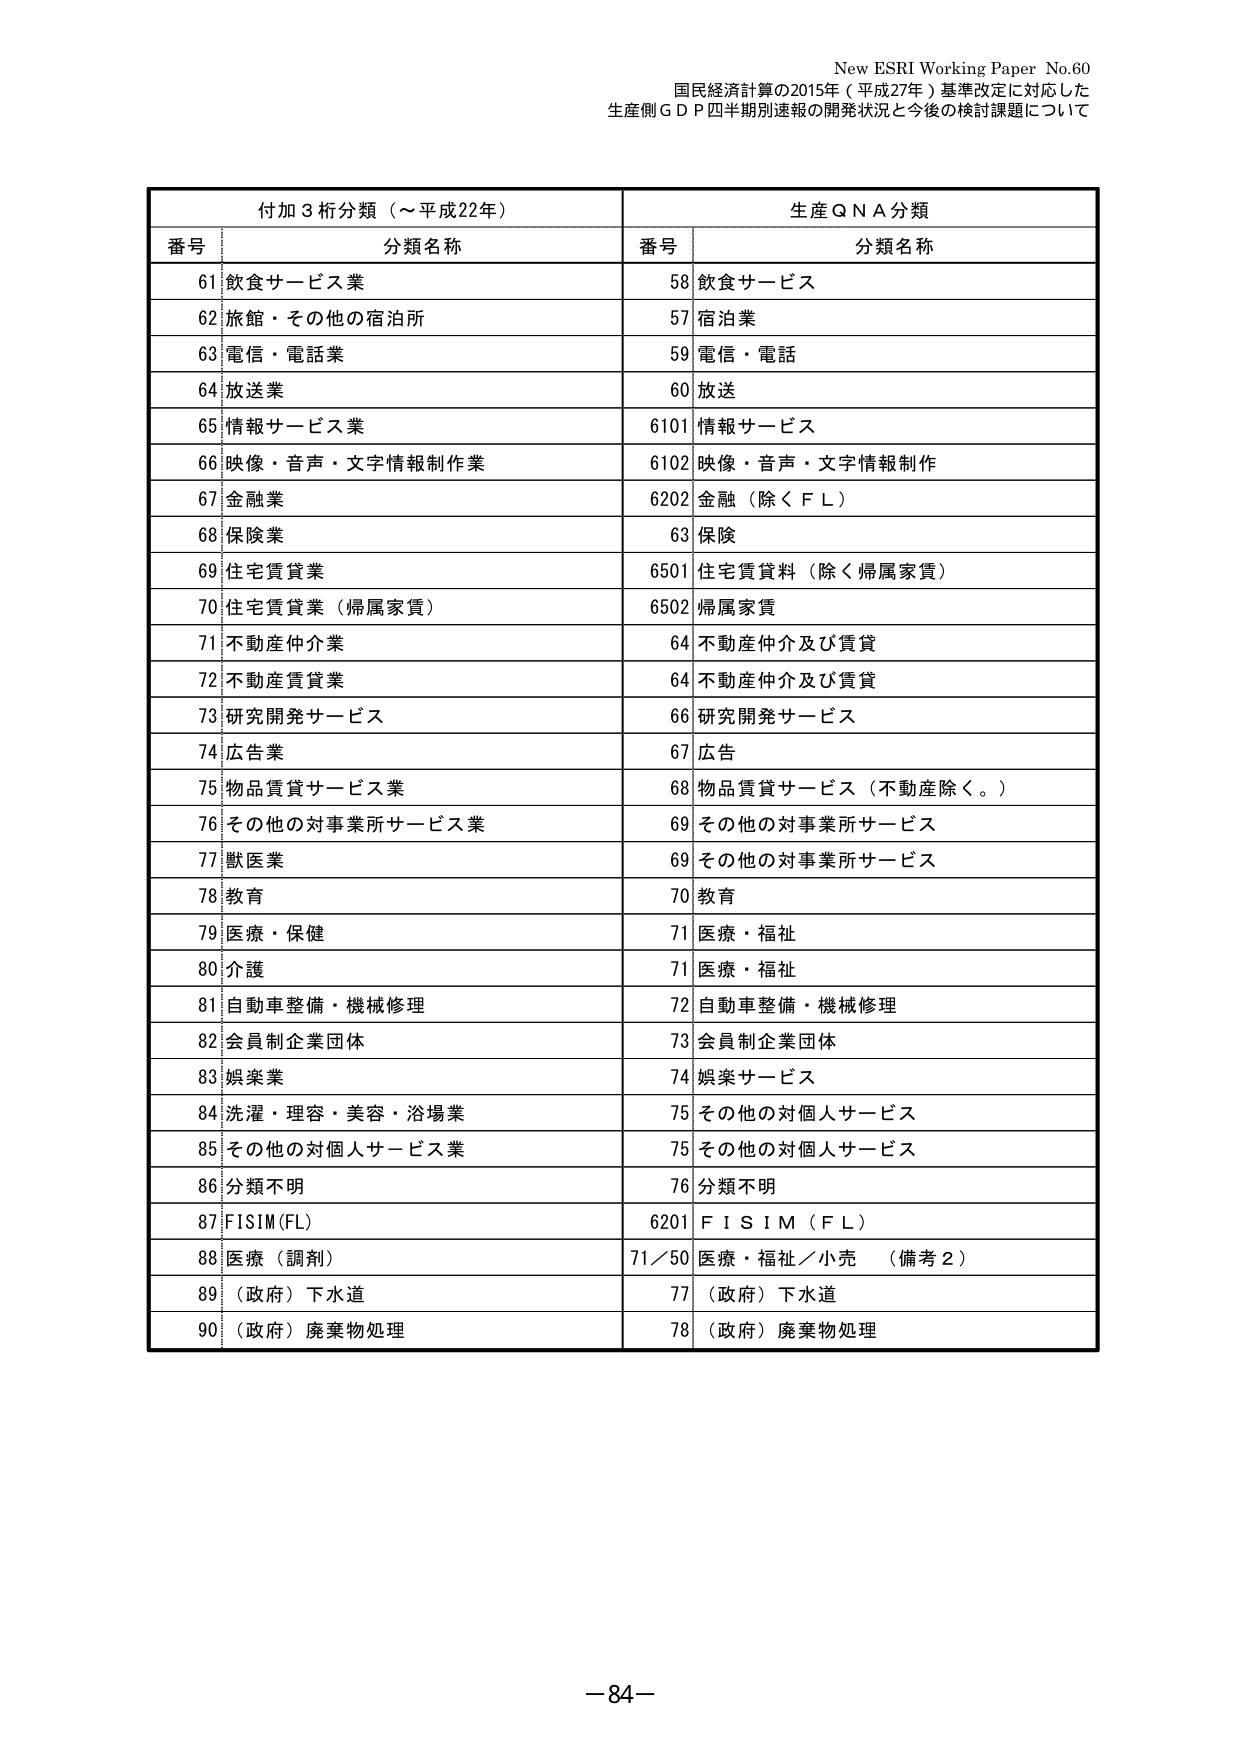
New ESRI Working Paper No.60
国民経済計算の2015年（平成27年）基準改定に対応した
生産側ＧＤＰ四半期別速報の開発状況と今後の検討課題について

付加3桁分類（～平成22年）　　　　　　　　　　生産QNA分類
番号　分類名称　　　　　　　　　　　　　　　　番号　分類名称
61　飲食サービス業　　　　　　　　　　　　　　58　飲食サービス
62　旅館・その他の宿泊所　　　　　　　　　　　57　宿泊業
63　電信・電話業　　　　　　　　　　　　　　　59　電信・電話
64　放送業　　　　　　　　　　　　　　　　　　60　放送
65　情報サービス業　　　　　　　　　　　　　　6101　情報サービス
66　映像・音声・文字情報制作業　　　　　　　　6102　映像・音声・文字情報制作
67　金融業　　　　　　　　　　　　　　　　　　6202　金融（除くＦＬ）
68　保険業　　　　　　　　　　　　　　　　　　63　保険
69　住宅賃貸業　　　　　　　　　　　　　　　　6501　住宅賃貸料（除く帰属家賃）
70　住宅賃貸業（帰属家賃）　　　　　　　　　　6502　帰属家賃
71　不動産仲介業　　　　　　　　　　　　　　　64　不動産仲介及び賃貸
72　不動産賃貸業　　　　　　　　　　　　　　　64　不動産仲介及び賃貸
73　研究開発サービス　　　　　　　　　　　　　66　研究開発サービス
74　広告業　　　　　　　　　　　　　　　　　　67　広告
75　物品賃貸サービス業　　　　　　　　　　　　68　物品賃貸サービス（不動産除く。）
76　その他の対事業所サービス業　　　　　　　　69　その他の対事業所サービス
77　獣医業　　　　　　　　　　　　　　　　　　69　その他の対事業所サービス
78　教育　　　　　　　　　　　　　　　　　　　70　教育
79　医療・保健　　　　　　　　　　　　　　　　71　医療・福祉
80　介護　　　　　　　　　　　　　　　　　　　71　医療・福祉
81　自動車整備・機械修理　　　　　　　　　　　72　自動車整備・機械修理
82　会員制企業団体　　　　　　　　　　　　　　73　会員制企業団体
83　娯楽業　　　　　　　　　　　　　　　　　　74　娯楽サービス
84　洗濯・理容・美容・浴場業　　　　　　　　75　その他の対個人サービス
85　その他の対個人サービス業　　　　　　　　75　その他の対個人サービス
86　分類不明　　　　　　　　　　　　　　　　　76　分類不明
87　FISIM(FL)　　　　　　　　　　　　　　　　6201　ＦＩＳＩＭ（ＦＬ）
88　医療（調剤）　　　　　　　　　　　　　　71／50　医療・福祉／小売　（備考２）
89　（政府）下水道　　　　　　　　　　　　　　77　（政府）下水道
90　（政府）廃棄物処理　　　　　　　　　　　　78　（政府）廃棄物処理

－84－